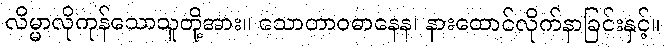
လိမ္မာလိုကုန်သောသူတို့အား။ သောတာဝဓာနေန၊ နားထောင်လိုက်နာခြင်းနှင့်။